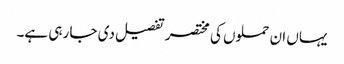
یہاں ان حملوں کی مختصر تفصیل دی جا رہی ہے۔